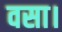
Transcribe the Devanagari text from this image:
वसा।